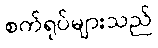
စက်ရုပ်များသည်